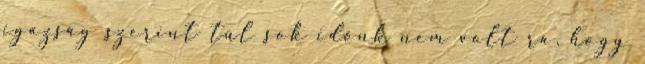
igazság szerint túl sok időnk nem volt rá, hogy